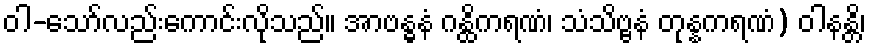
ဝါ-သော်လည်းကောင်းလိုသည်။ အာဗန္ဓနံ ဂန္ထိကရဏံ၊ သံသိဗ္ဗနံ တုန္နကရဏံ) ဝါနန္တိ၊